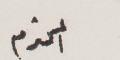
المحترم